Vabadussoja_Ajaloo_Komitee, lk 70
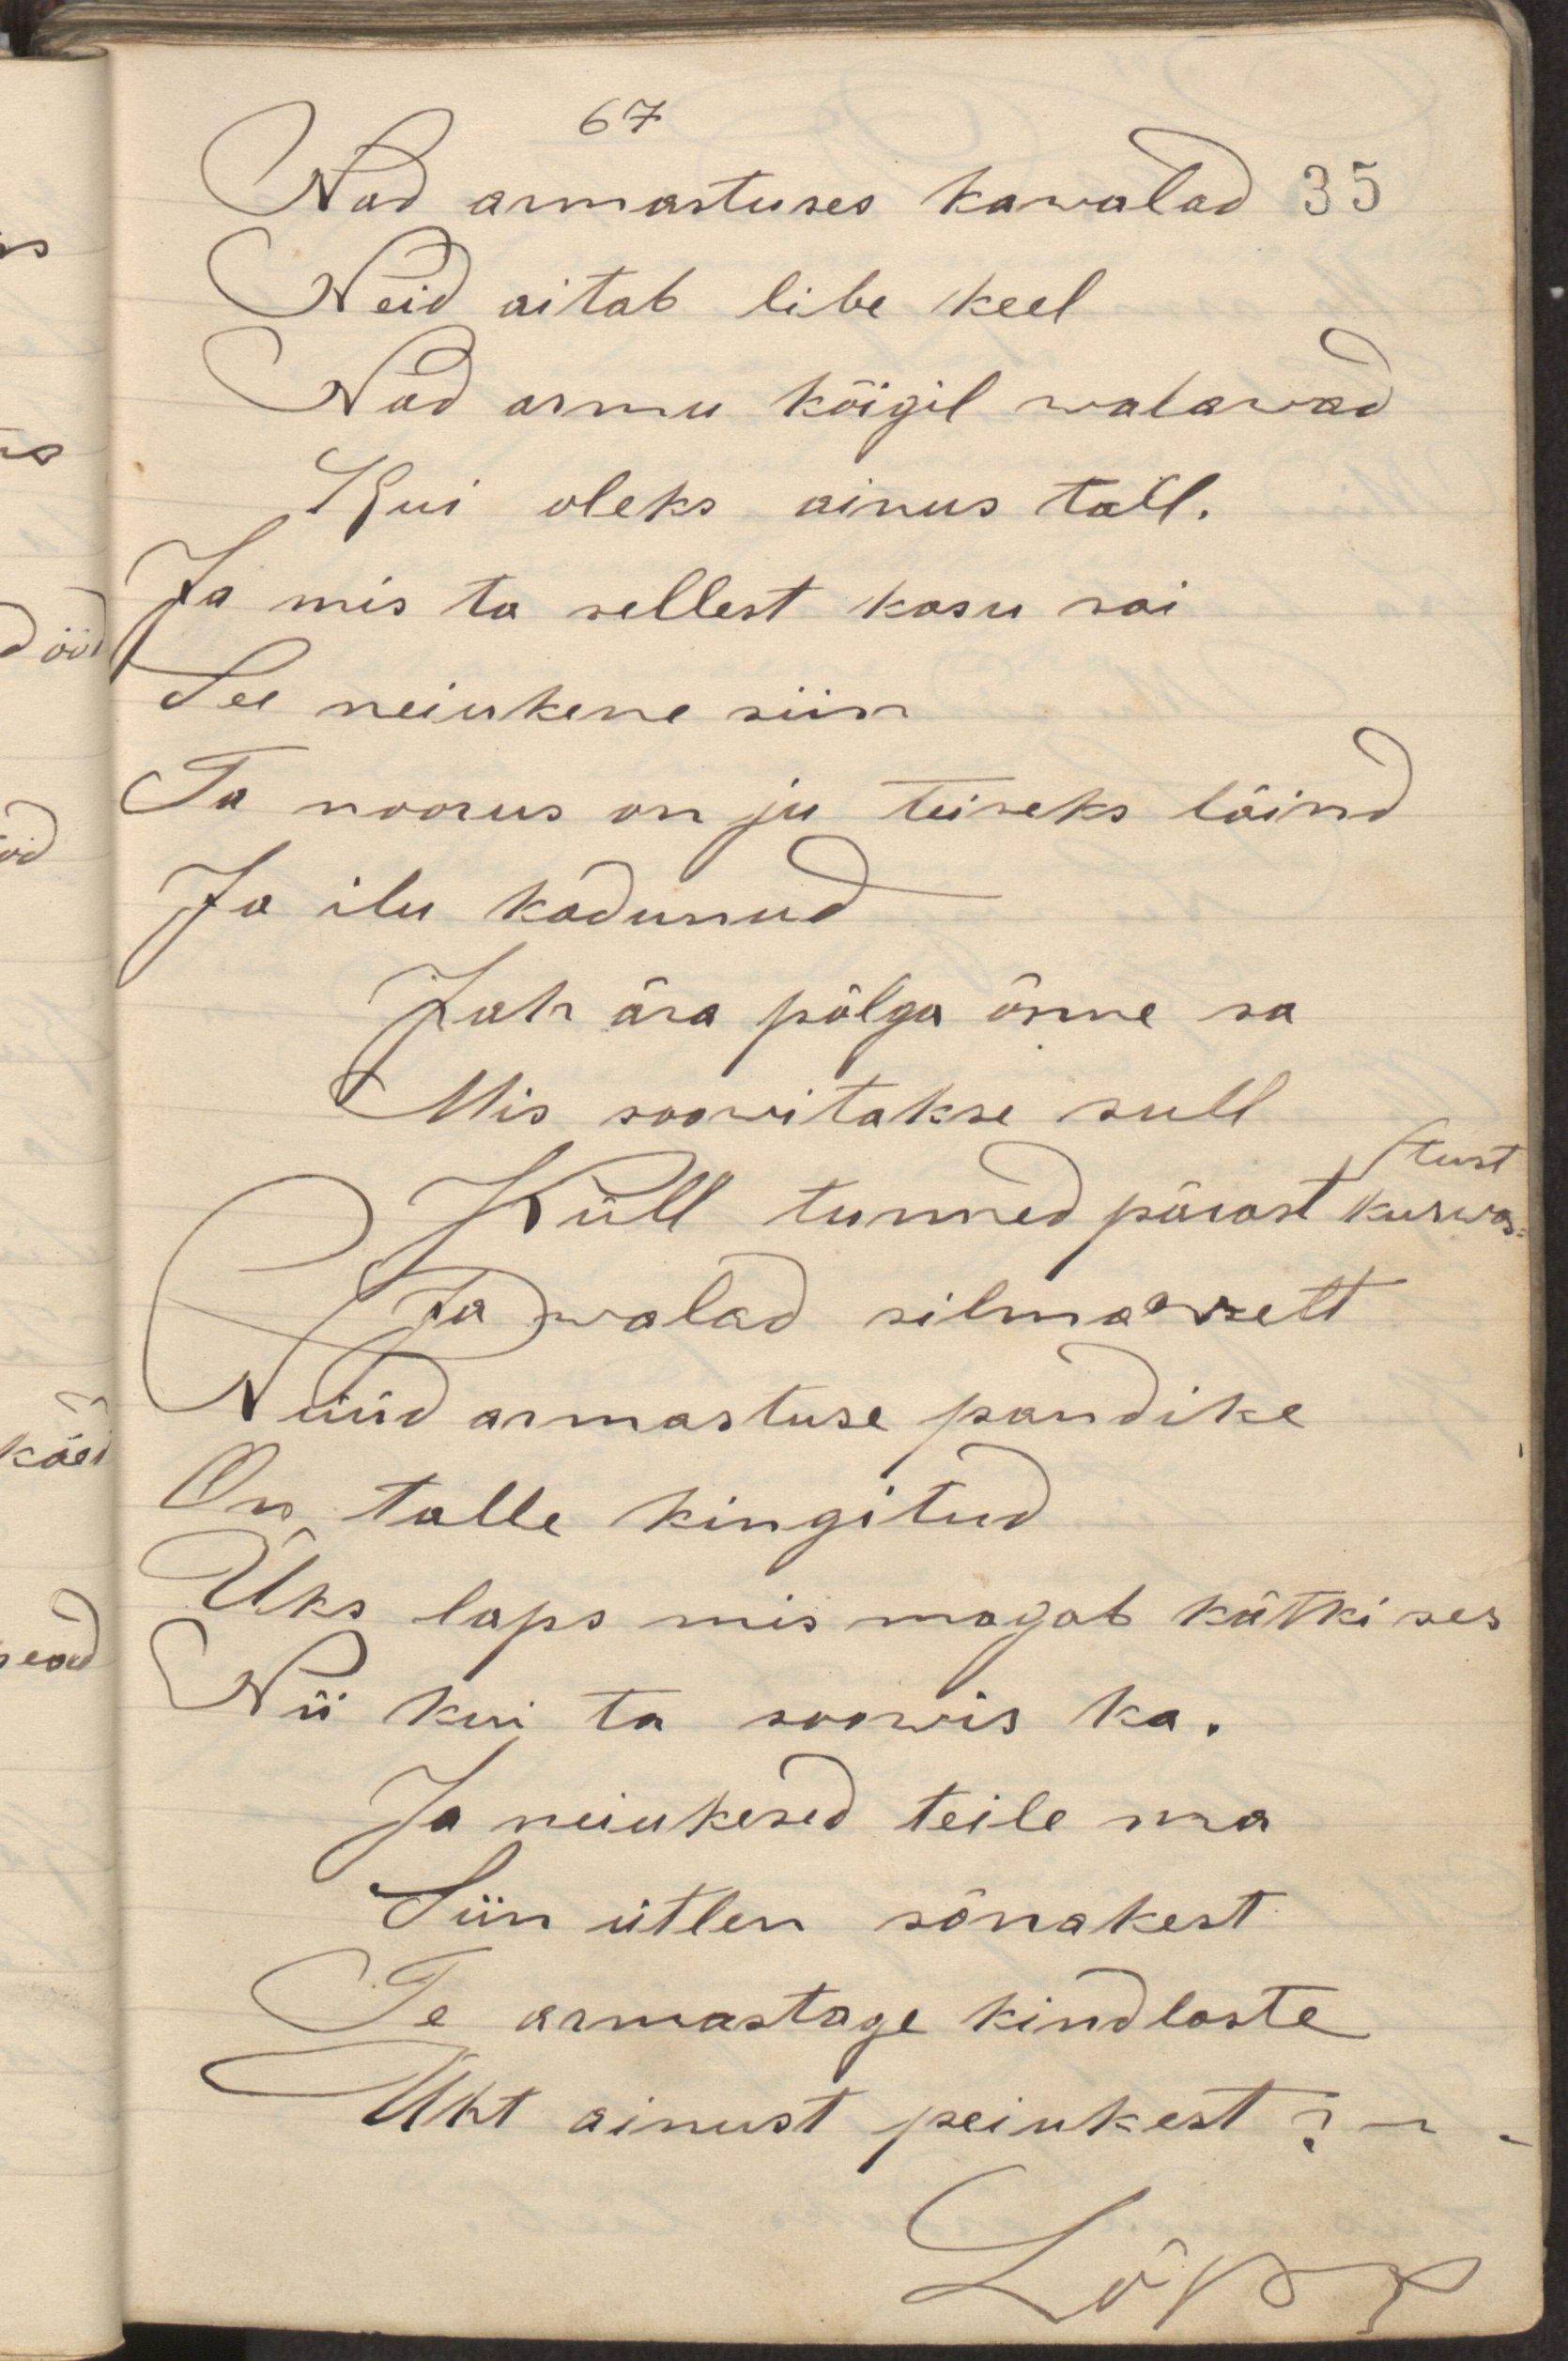
Nad armastuses kawalad 35
Neid aitab libe keel
Nad armu kõigil walawad
Kui oleks ainus tall.
Ja mis ta sellest kasu sai
See neiukene siis
Ta noorus on ju teiseks läind
Ja ilu kadunud
Jah ära põlga õnne sa
Mis soowitakse sull
tust
Küll tunned pärast kurwas
Ja walad silmadelt
Nüüd armastuse pandike
On talle kingitud
Üks laps mis magab kätki ses
Nii kui ta soowis ka.
Ja neiukesed teile ma
Siin ütlen sõnakest
Te armastage kindlaste
Üht ainust peiukest.
Lõpp